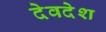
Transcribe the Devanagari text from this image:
देवदेश